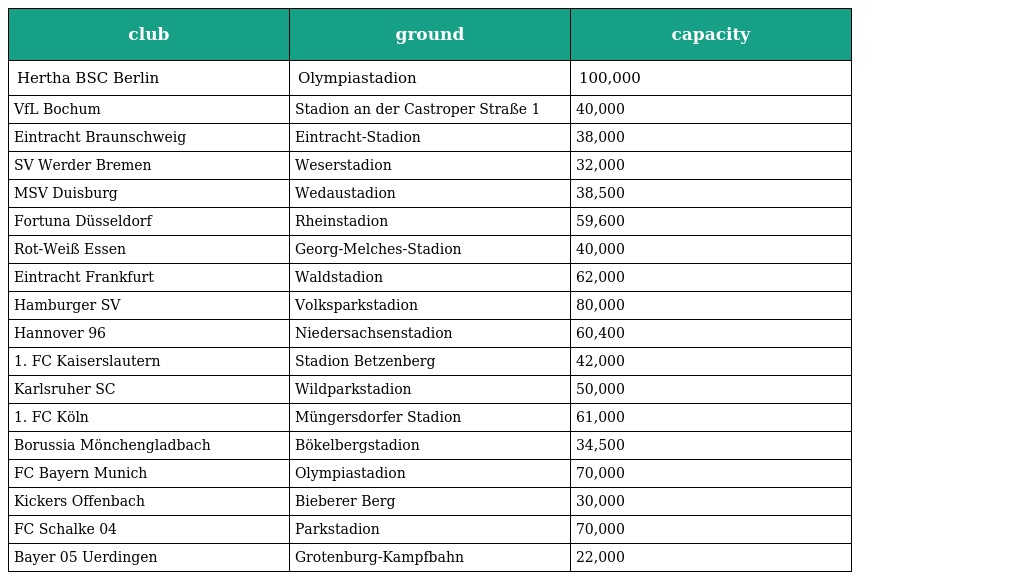
| club | ground | capacity |
 | --- | --- | --- |
 | Hertha BSC Berlin | Olympiastadion | 100,000 |
 | VfL Bochum | Stadion an der Castroper Straße 1 | 40,000 |
 | Eintracht Braunschweig | Eintracht-Stadion | 38,000 |
 | SV Werder Bremen | Weserstadion | 32,000 |
 | MSV Duisburg | Wedaustadion | 38,500 |
 | Fortuna Düsseldorf | Rheinstadion | 59,600 |
 | Rot-Weiß Essen | Georg-Melches-Stadion | 40,000 |
 | Eintracht Frankfurt | Waldstadion | 62,000 |
 | Hamburger SV | Volksparkstadion | 80,000 |
 | Hannover 96 | Niedersachsenstadion | 60,400 |
 | 1. FC Kaiserslautern | Stadion Betzenberg | 42,000 |
 | Karlsruher SC | Wildparkstadion | 50,000 |
 | 1. FC Köln | Müngersdorfer Stadion | 61,000 |
 | Borussia Mönchengladbach | Bökelbergstadion | 34,500 |
 | FC Bayern Munich | Olympiastadion | 70,000 |
 | Kickers Offenbach | Bieberer Berg | 30,000 |
 | FC Schalke 04 | Parkstadion | 70,000 |
 | Bayer 05 Uerdingen | Grotenburg-Kampfbahn | 22,000 |